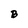
Character: B